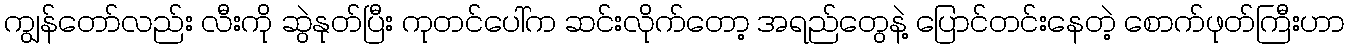
ကျွန်တော်လည်း လီးကို ဆွဲနုတ်ပြီး ကုတင်ပေါ်က ဆင်းလိုက်တော့ အရည်တွေနဲ့ ပြောင်တင်းနေတဲ့ စောက်ဖုတ်ကြီးဟာ